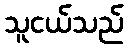
သူငယ်သည်